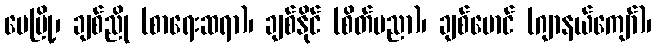
မေမြို့၊ ချစ်ညို (စာရေးဆရာ)၊ ချစ်နိုင် (စိတ်ပညာ)၊ ချစ်မောင် (ဂျာနယ်ကျော်)၊